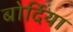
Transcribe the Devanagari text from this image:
बोर्दिया